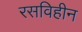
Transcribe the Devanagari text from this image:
रसविहीन